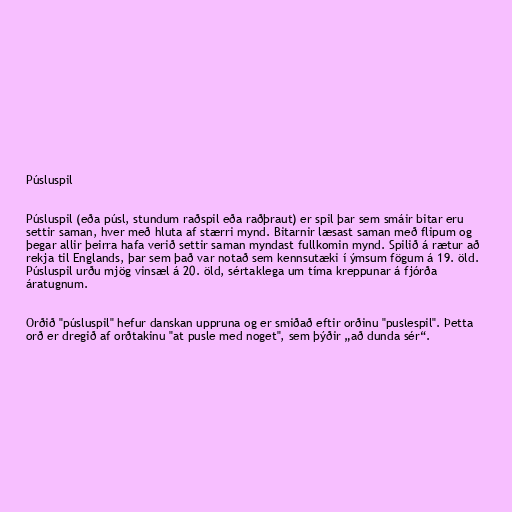
Púsluspil

Púsluspil (eða púsl, stundum raðspil eða raðþraut) er spil þar sem smáir bitar eru
settir saman, hver með hluta af stærri mynd. Bitarnir læsast saman með flipum og
þegar allir þeirra hafa verið settir saman myndast fullkomin mynd. Spilið á rætur að
rekja til Englands, þar sem það var notað sem kennsutæki í ýmsum fögum á 19. öld.
Púsluspil urðu mjög vinsæl á 20. öld, sértaklega um tíma kreppunar á fjórða
áratugnum.

Orðið "púsluspil" hefur danskan uppruna og er smiðað eftir orðinu "puslespil". Þetta
orð er dregið af orðtakinu "at pusle med noget", sem þýðir „að dunda sér“.